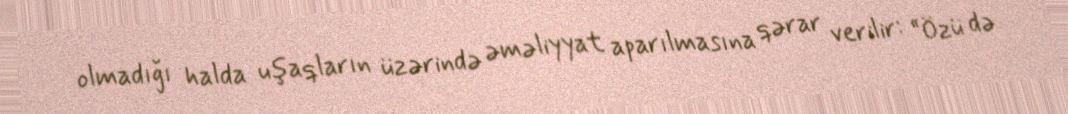
olmadığı halda uşaqların üzərində əməliyyat aparılmasına qərar verilir: “Özü də